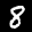
Label: 8